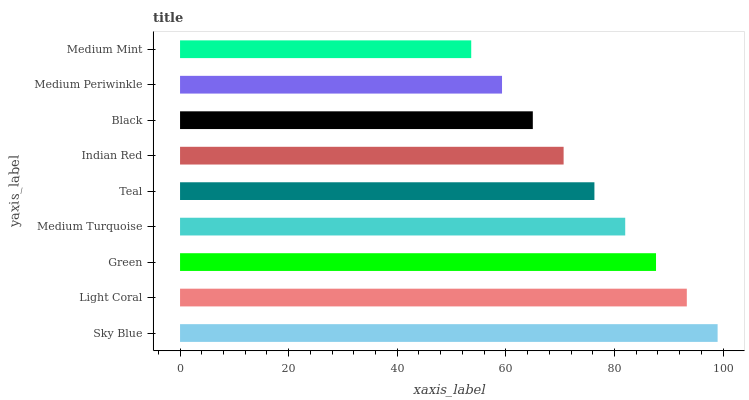
| yaxis_label | bars |
 | --- | --- |
 | Sky Blue | 99 |
 | Light Coral | 93.3 |
 | Green | 87.7 |
 | Medium Turquoise | 82 |
 | Teal | 76.3 |
 | Indian Red | 70.6 |
 | Black | 65 |
 | Medium Periwinkle | 59.3 |
 | Medium Mint | 53.6 |